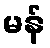
မန်